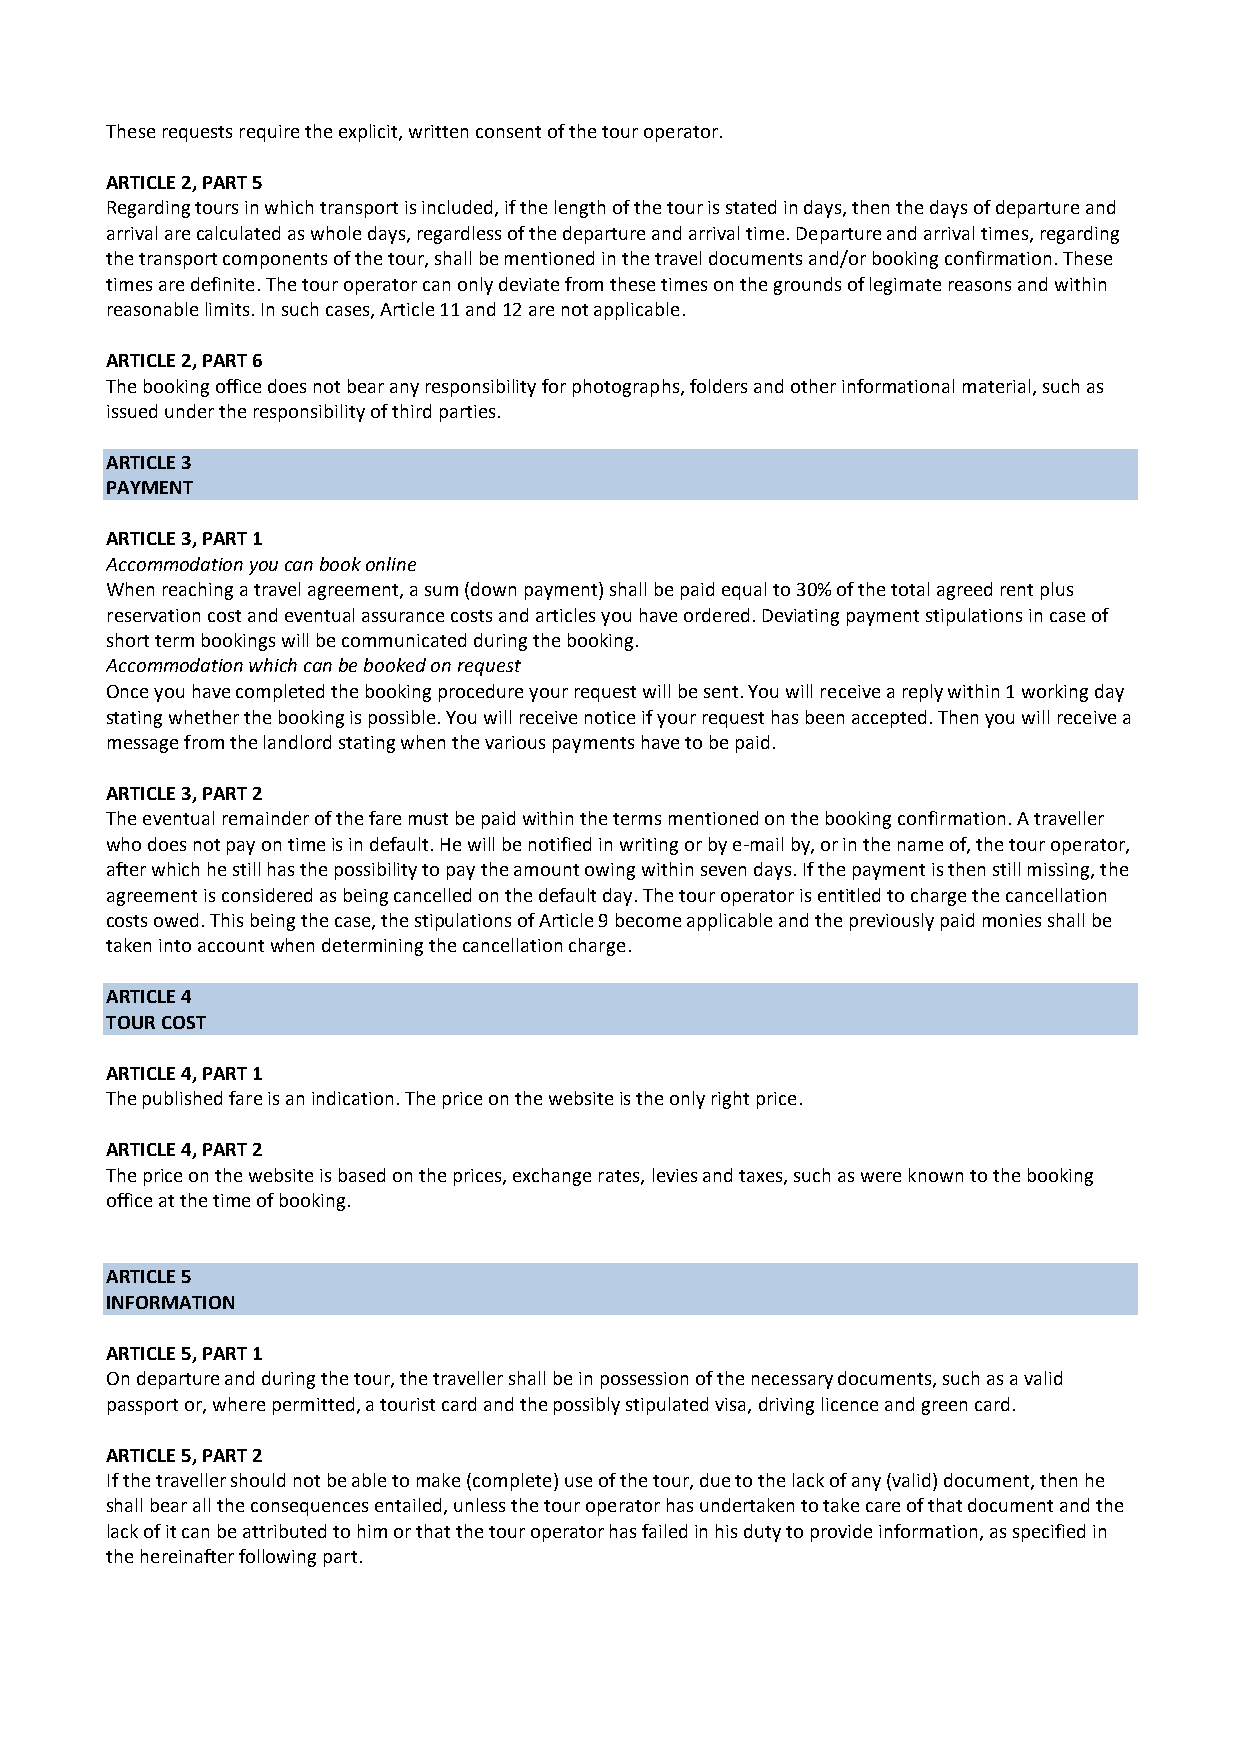
These requests require the explicit, written consent of the tour operator.
 ARTICLE 2, PART 5
 Regarding tours in which transport is included, if the length of the tour is stated in days, then the days of departure and
 arrival are calculated as whole days, regardless of the departure and arrival time. Departure and arrival times, regarding
 the transport components of the tour, shall be mentioned in the travel documents and/or booking confirmation. These
 times are definite. The tour operator can only deviate from these times on the grounds of legimate reasons and within
 reasonable limits. In such cases, Article 11 and 12 are not applicable.
 ARTICLE 2, PART 6
 The booking office does not bear any responsibility for photographs, folders and other informational material, such as
 issued under the responsibility of third parties.
 ARTICLE 3
 PAYMENT
 ARTICLE 3, PART 1
 Accommodation you can book online
 When reaching a travel agreement, a sum (down payment) shall be paid equal to 30% of the total agreed rent plus
 reservation cost and eventual assurance costs and articles you have ordered. Deviating payment stipulations in case of
 short term bookings will be communicated during the booking.
 Accommodation which can be booked on request
 Once you have completed the booking procedure your request will be sent. You will receive a reply within 1 working day
 stating whether the booking is possible. You will receive notice if your request has been accepted. Then you will receive a
 message from the landlord stating when the various payments have to be paid.
 ARTICLE 3, PART 2
 The eventual remainder of the fare must be paid within the terms mentioned on the booking confirmation. A traveller
 who does not pay on time is in default. He will be notified in writing or by e-mail by, or in the name of, the tour operator,
 after which he still has the possibility to pay the amount owing within seven days. If the payment is then still missing, the
 agreement is considered as being cancelled on the default day. The tour operator is entitled to charge the cancellation
 costs owed. This being the case, the stipulations of Article 9 become applicable and the previously paid monies shall be
 taken into account when determining the cancellation charge.
 ARTICLE 4
 TOUR COST
 ARTICLE 4, PART 1
 The published fare is an indication. The price on the website is the only right price.
 ARTICLE 4, PART 2
 The price on the website is based on the prices, exchange rates, levies and taxes, such as were known to the booking
 office at the time of booking.
 ARTICLE 5
 INFORMATION
 ARTICLE 5, PART 1
 On departure and during the tour, the traveller shall be in possession of the necessary documents, such as a valid
 passport or, where permitted, a tourist card and the possibly stipulated visa, driving licence and green card.
 ARTICLE 5, PART 2
 If the traveller should not be able to make (complete) use of the tour, due to the lack of any (valid) document, then he
 shall bear all the consequences entailed, unless the tour operator has undertaken to take care of that document and the
 lack of it can be attributed to him or that the tour operator has failed in his duty to provide information, as specified in
 the hereinafter following part.